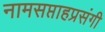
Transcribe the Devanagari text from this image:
नामसप्ताहप्रसंगी